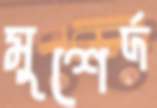
মুশের্দ